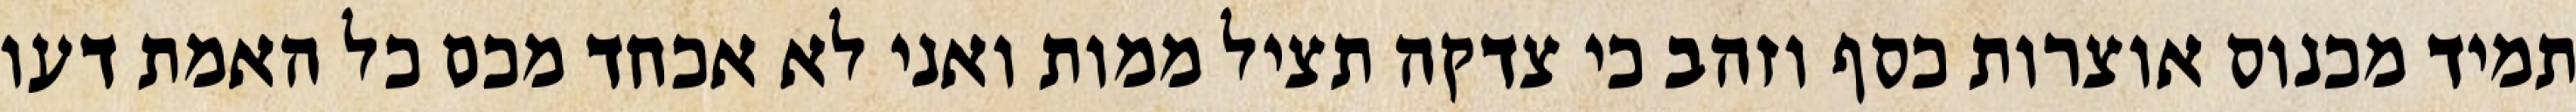
תמיד מכנוס אוצרות כסף וזהב כי צדקה תציל ממות ואני לא אכחד מכם כל האמת דעו